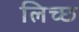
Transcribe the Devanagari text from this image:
लिच्छ